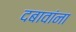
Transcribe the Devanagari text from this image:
दबावांना